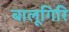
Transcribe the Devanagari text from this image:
बालूगिरि